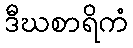
ဒီဃစာရိကံ